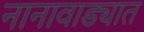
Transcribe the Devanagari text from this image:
नानावाड्यात